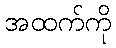
အထက်ကို